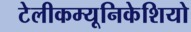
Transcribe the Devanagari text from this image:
टेलीकम्यूनिकेशियो